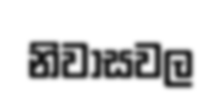
නිවාසවල